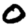
Digit: 0